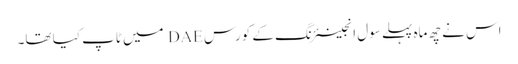
اس نے چھ ماہ پہلے سول انجینئرنگ کے کورس DAE میں ٹاپ کیا تھا۔